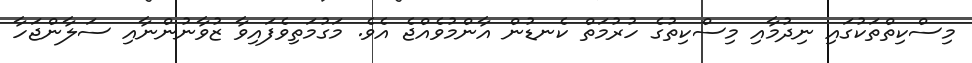
މިސްކިތްތަކުގައި ނިދުމާއި މިސްކިތުގެ ހުރުމަތް ކެނޑުން އާންމުވެއްޖެ އެވެ. މަގުމަތިވެފައިވާ ޒުވާނުންނާއި ސަލާންޖަހާ